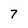
Character: 7